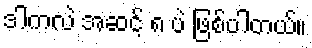
ဒါကလဲ အဆင့် ၈ ပဲ ဖြစ်ပါတယ်။